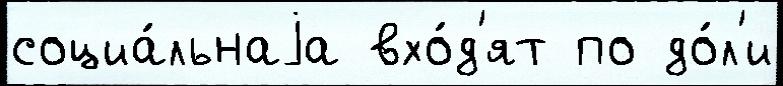
социа́льнаjа вхо́д'ят по до́л'и